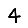
Digit: 4